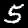
Digit: 5